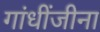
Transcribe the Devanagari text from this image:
गांधींजीना